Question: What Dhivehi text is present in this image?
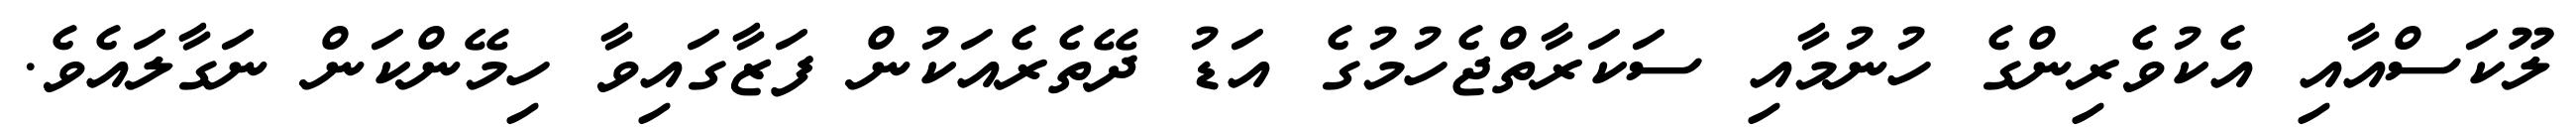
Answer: ލޫކަސްއާއި އެކުވެރިންގެ ހުނުމާއި ސަކަރާތްޖެހުމުގެ އަޑު ދޭތެރެއަކުން ފަޒާގައިވާ ހިމޭންކަން ނަގާލައެވެ.